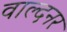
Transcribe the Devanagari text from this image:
वाल्दनर